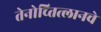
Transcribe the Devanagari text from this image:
तेनोच्तित्लानचे